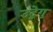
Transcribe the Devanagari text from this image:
उद्वेगु